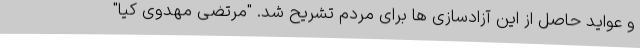
و عواید حاصل از این آزادسازی ها برای مردم تشریح شد. "مرتضی مهدوی کیا"